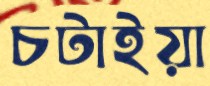
চটাইয়া